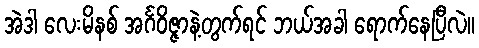
အဲဒါ လေးမိနစ် အင်္ဂဝိဇ္ဇာနဲ့တွက်ရင် ဘယ်အခါ ရောက်နေပြီလဲ။